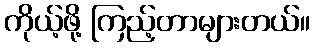
ကိုယ့်ဖို့ ကြည့်တာများတယ်။